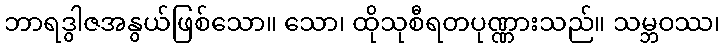
ဘာရဒွါဇအနွယ်ဖြစ်သော။ သော၊ ထိုသုစီရတပုဏ္ဏားသည်။ သမ္ဘဝဿ၊